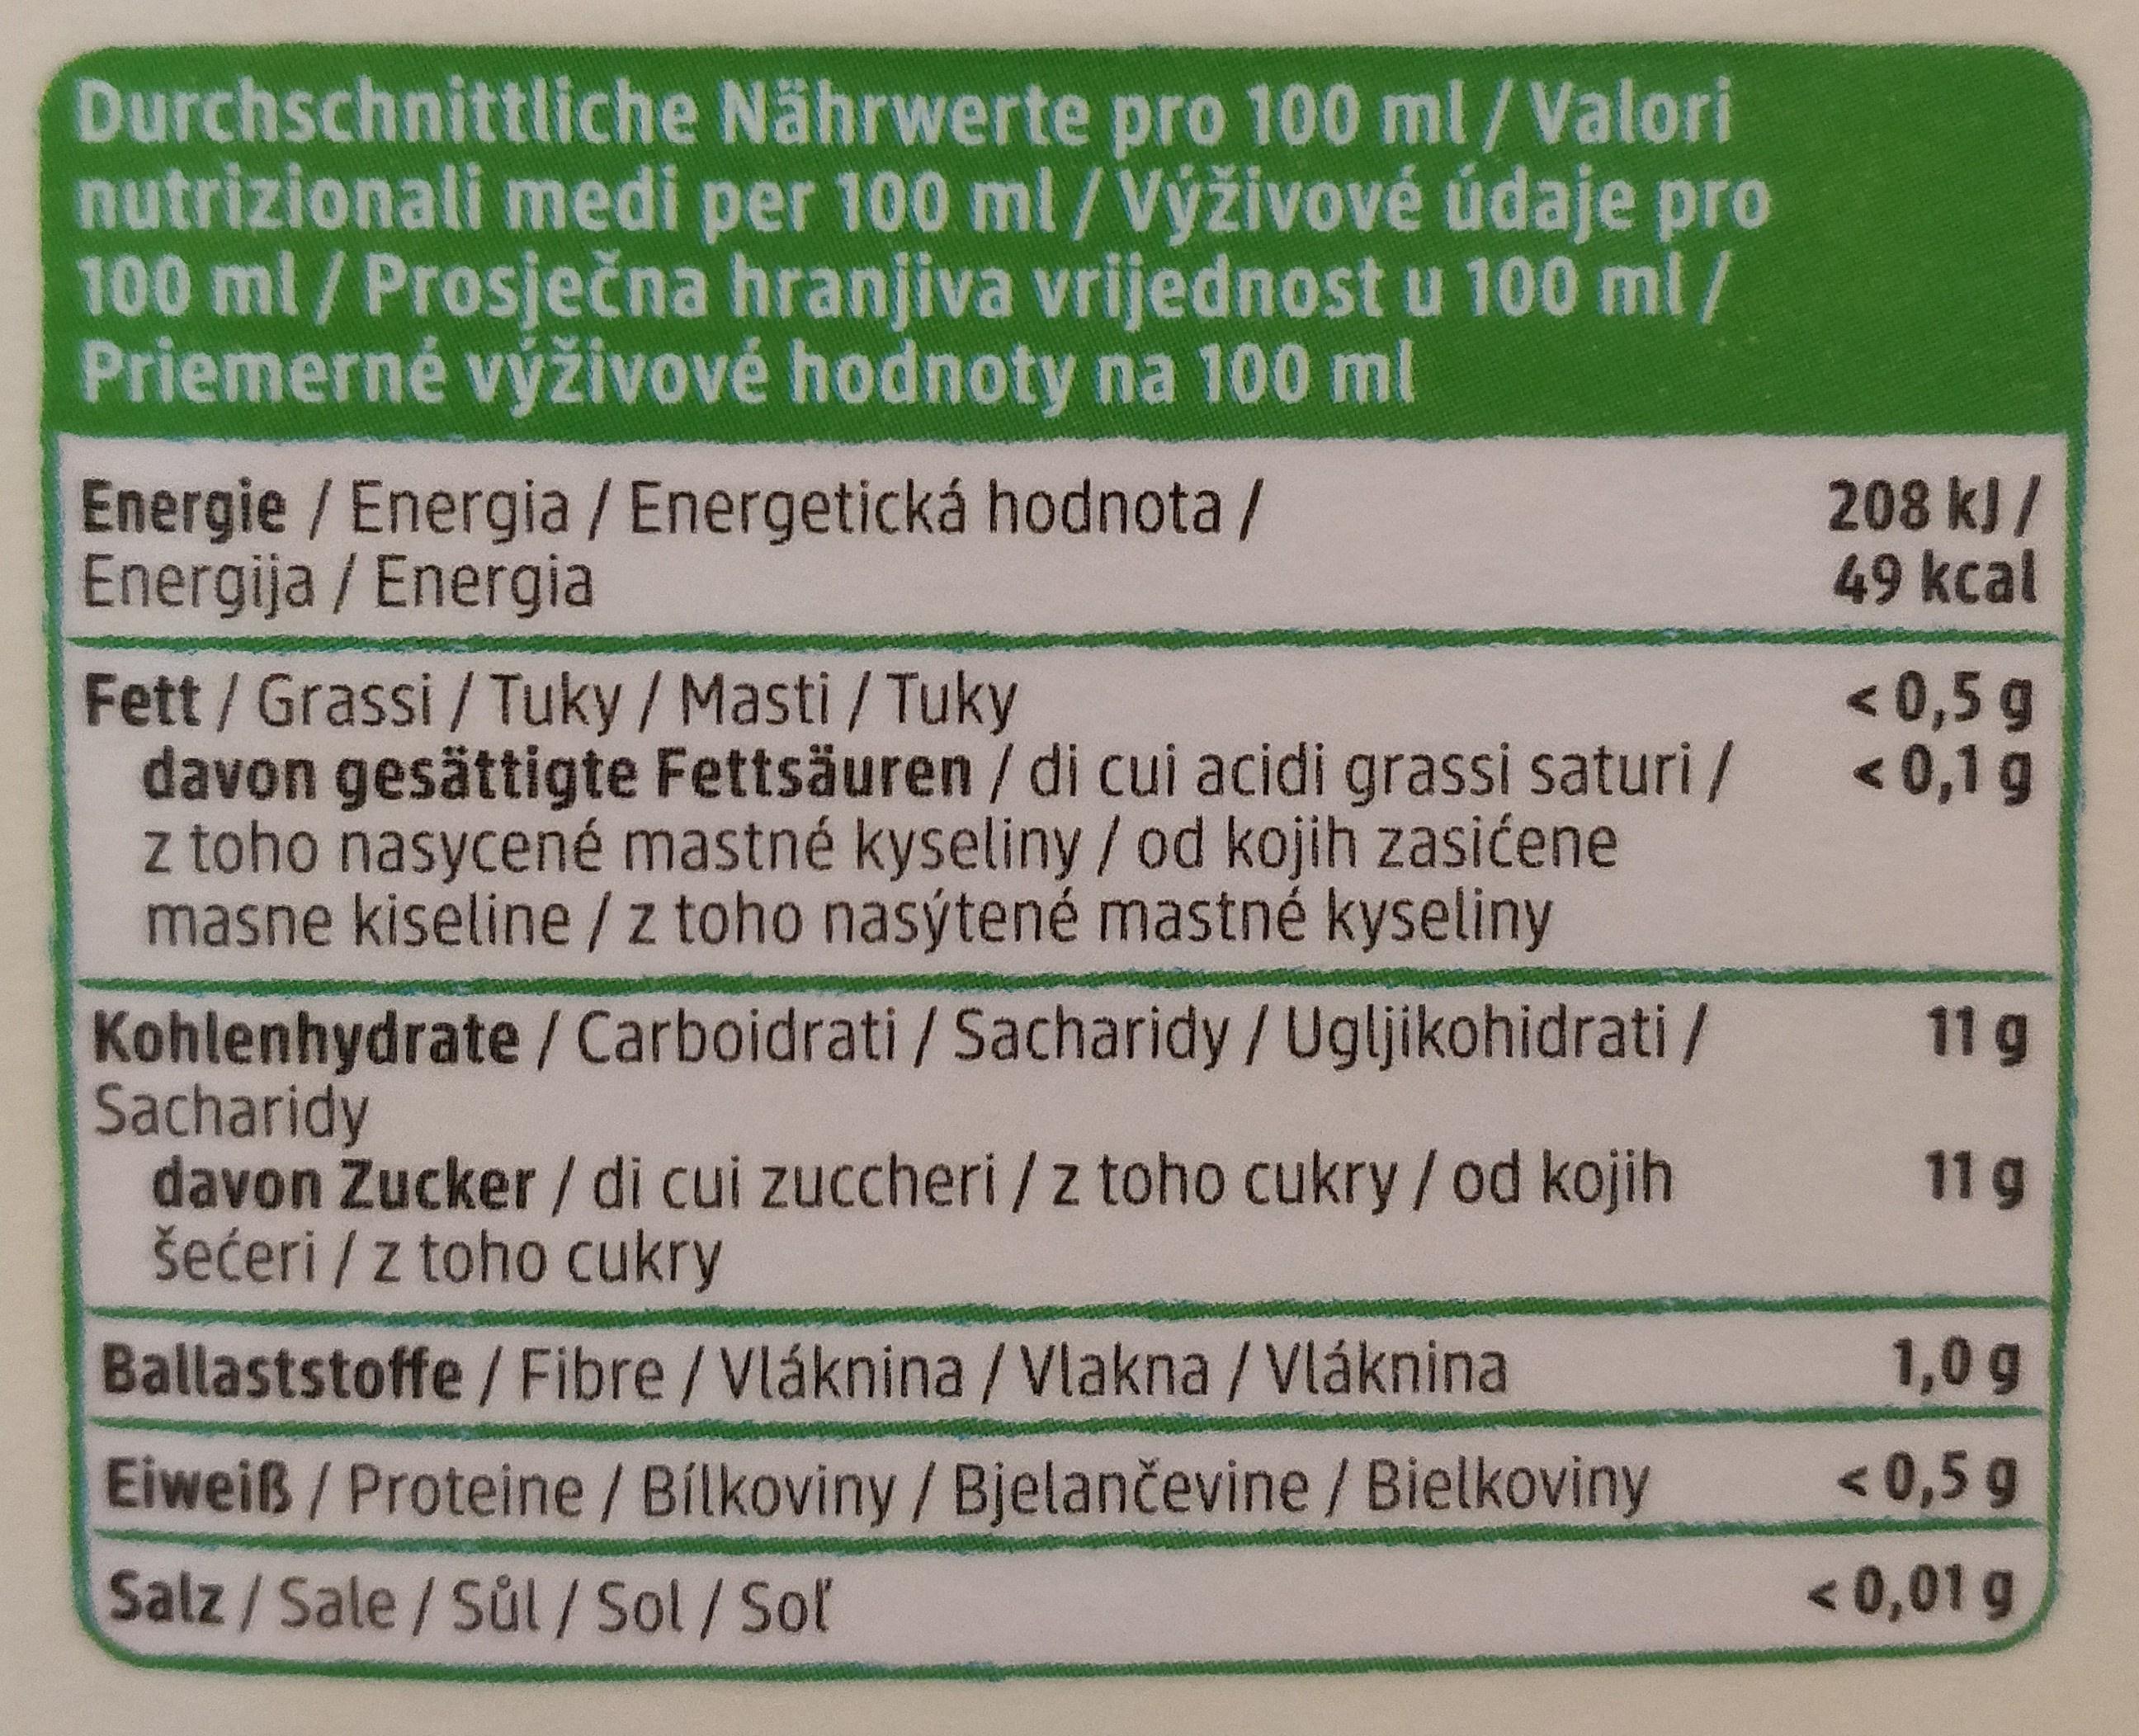
Durchschnittliche Nährwerte pro 100 ml /Valori nutrizionali medi per 100 ml/Výživové údaje pro 100 ml/Prosječna hranjiva vrijednost u 100 ml/ Priemerné výživové hodnoty na 100 ml
Energie / Energia / Energetická hodnota / Energija / Energia
208 kJ / 49 kcal
Fett/Grassi / Tuky /Masti / Tuky davon gesättigte Fettsäuren / di cui acidi grassi saturi / z toho nasycené mastné kyseliny/od kojih zasićene masne kiseline /z toho nasýtené mastné kyseliny
<0,5g < 0,1 g
Kohlenhydrate / Carboidrati / Sacharidy/Ugljikohidrati/ Sacharidy davon Zucker / di cui zuccheri / z toho cukry / od kojih šećeri / z toho cukry
11g
11g
Ballaststoffe/ Fibre /Vláknina /Vlakna /Vláknina
1,0 g
Eiweiß/Proteine/Bílkoviny/Bjelančevine / Bielkoviny
< 0,5 g
Salz/Sale/Sůl/Sol/Sol
< 0,01 g